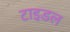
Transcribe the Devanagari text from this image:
टाइडल